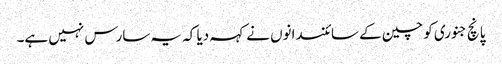
پانچ جنوری کو چین کے سائنسدانوں نے کہہ دیا کہ یہ سارس نہیں ہے۔